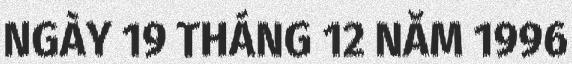
NGÀY 19 THÁNG 12 NĂM 1996